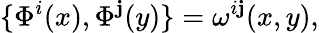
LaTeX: \{ \Phi^{i}(x),\Phi^{\mathbf{j}}(y)\} =\omega^{i\mathbf{j}}(x,y),